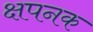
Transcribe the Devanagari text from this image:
क्षपनक